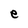
Character: e